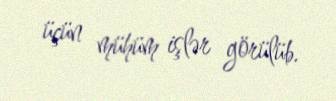
üçün mühüm işlər görülüb.